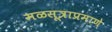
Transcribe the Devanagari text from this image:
मळसूत्राप्रमाणे